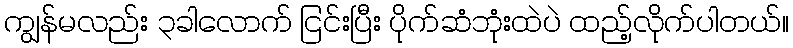
ကျွန်မလည်း ၃ခါလောက် ငြင်းပြီး ပိုက်ဆံဘုံးထဲပဲ ထည့်လိုက်ပါတယ်။